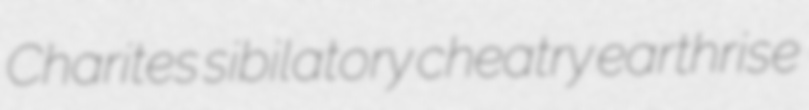
Charites sibilatory cheatry earthrise